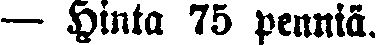
— Hinta 75 penniä.